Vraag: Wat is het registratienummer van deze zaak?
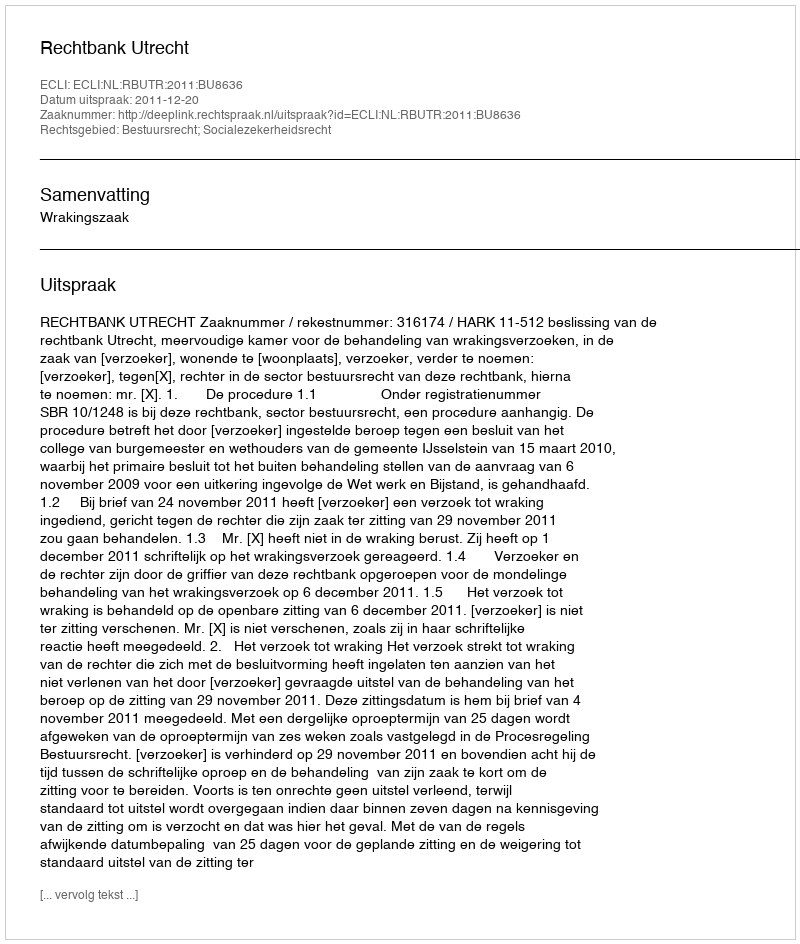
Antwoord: http://deeplink.rechtspraak.nl/uitspraak?id=ECLI:NL:RBUTR:2011:BU8636